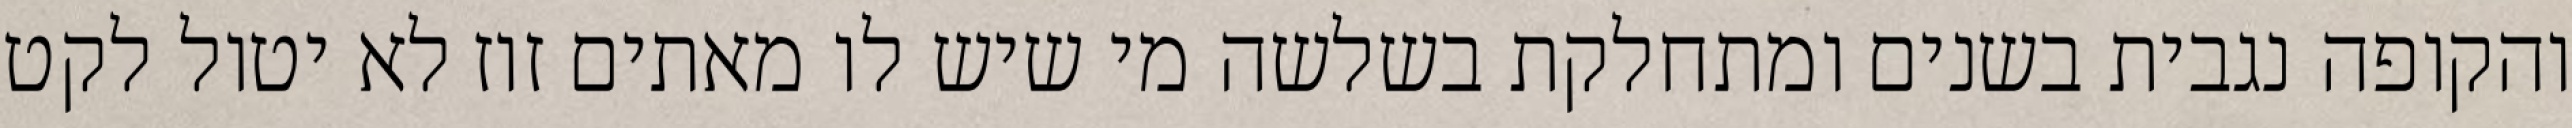
והקופה נגבית בשנים ומתחלקת בשלשה מי שיש לו מאתים זוז לא יטול לקט